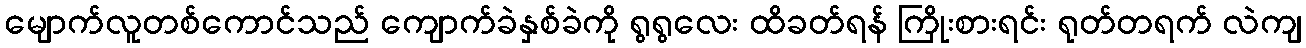
မျောက်လူတစ်ကောင်သည် ကျောက်ခဲနှစ်ခဲကို ရွရွလေး ထိခတ်ရန် ကြိုးစားရင်း ရုတ်တရက် လဲကျ